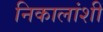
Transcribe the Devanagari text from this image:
निकालांशी